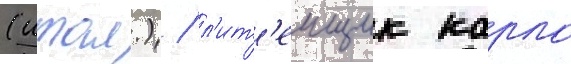
(итал.) / л'ит'еищик карло